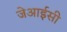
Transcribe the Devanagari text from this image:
जेआईसी